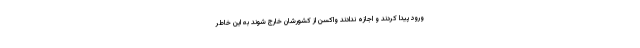
ورود پیدا کردند و اجازه ندادند واکسن از کشورشان خارج شوند به این خاطر